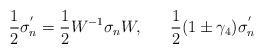
LaTeX: \begin{align*}\frac{1}{2} \sigma_{n}^{'} = \frac{1}{2} W^{-1} \sigma_{n} W,~~~~~\frac{1}{2} (1 \pm \gamma_{4}) \sigma_{n}^{'}\end{align*}